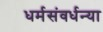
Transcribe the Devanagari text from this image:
धर्मसंवर्धन्या